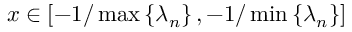
x \in [ - 1 / \operatorname* { m a x } \left\{ \lambda _ { n } \right\} , - 1 / \operatorname* { m i n } \left\{ \lambda _ { n } \right\} ]